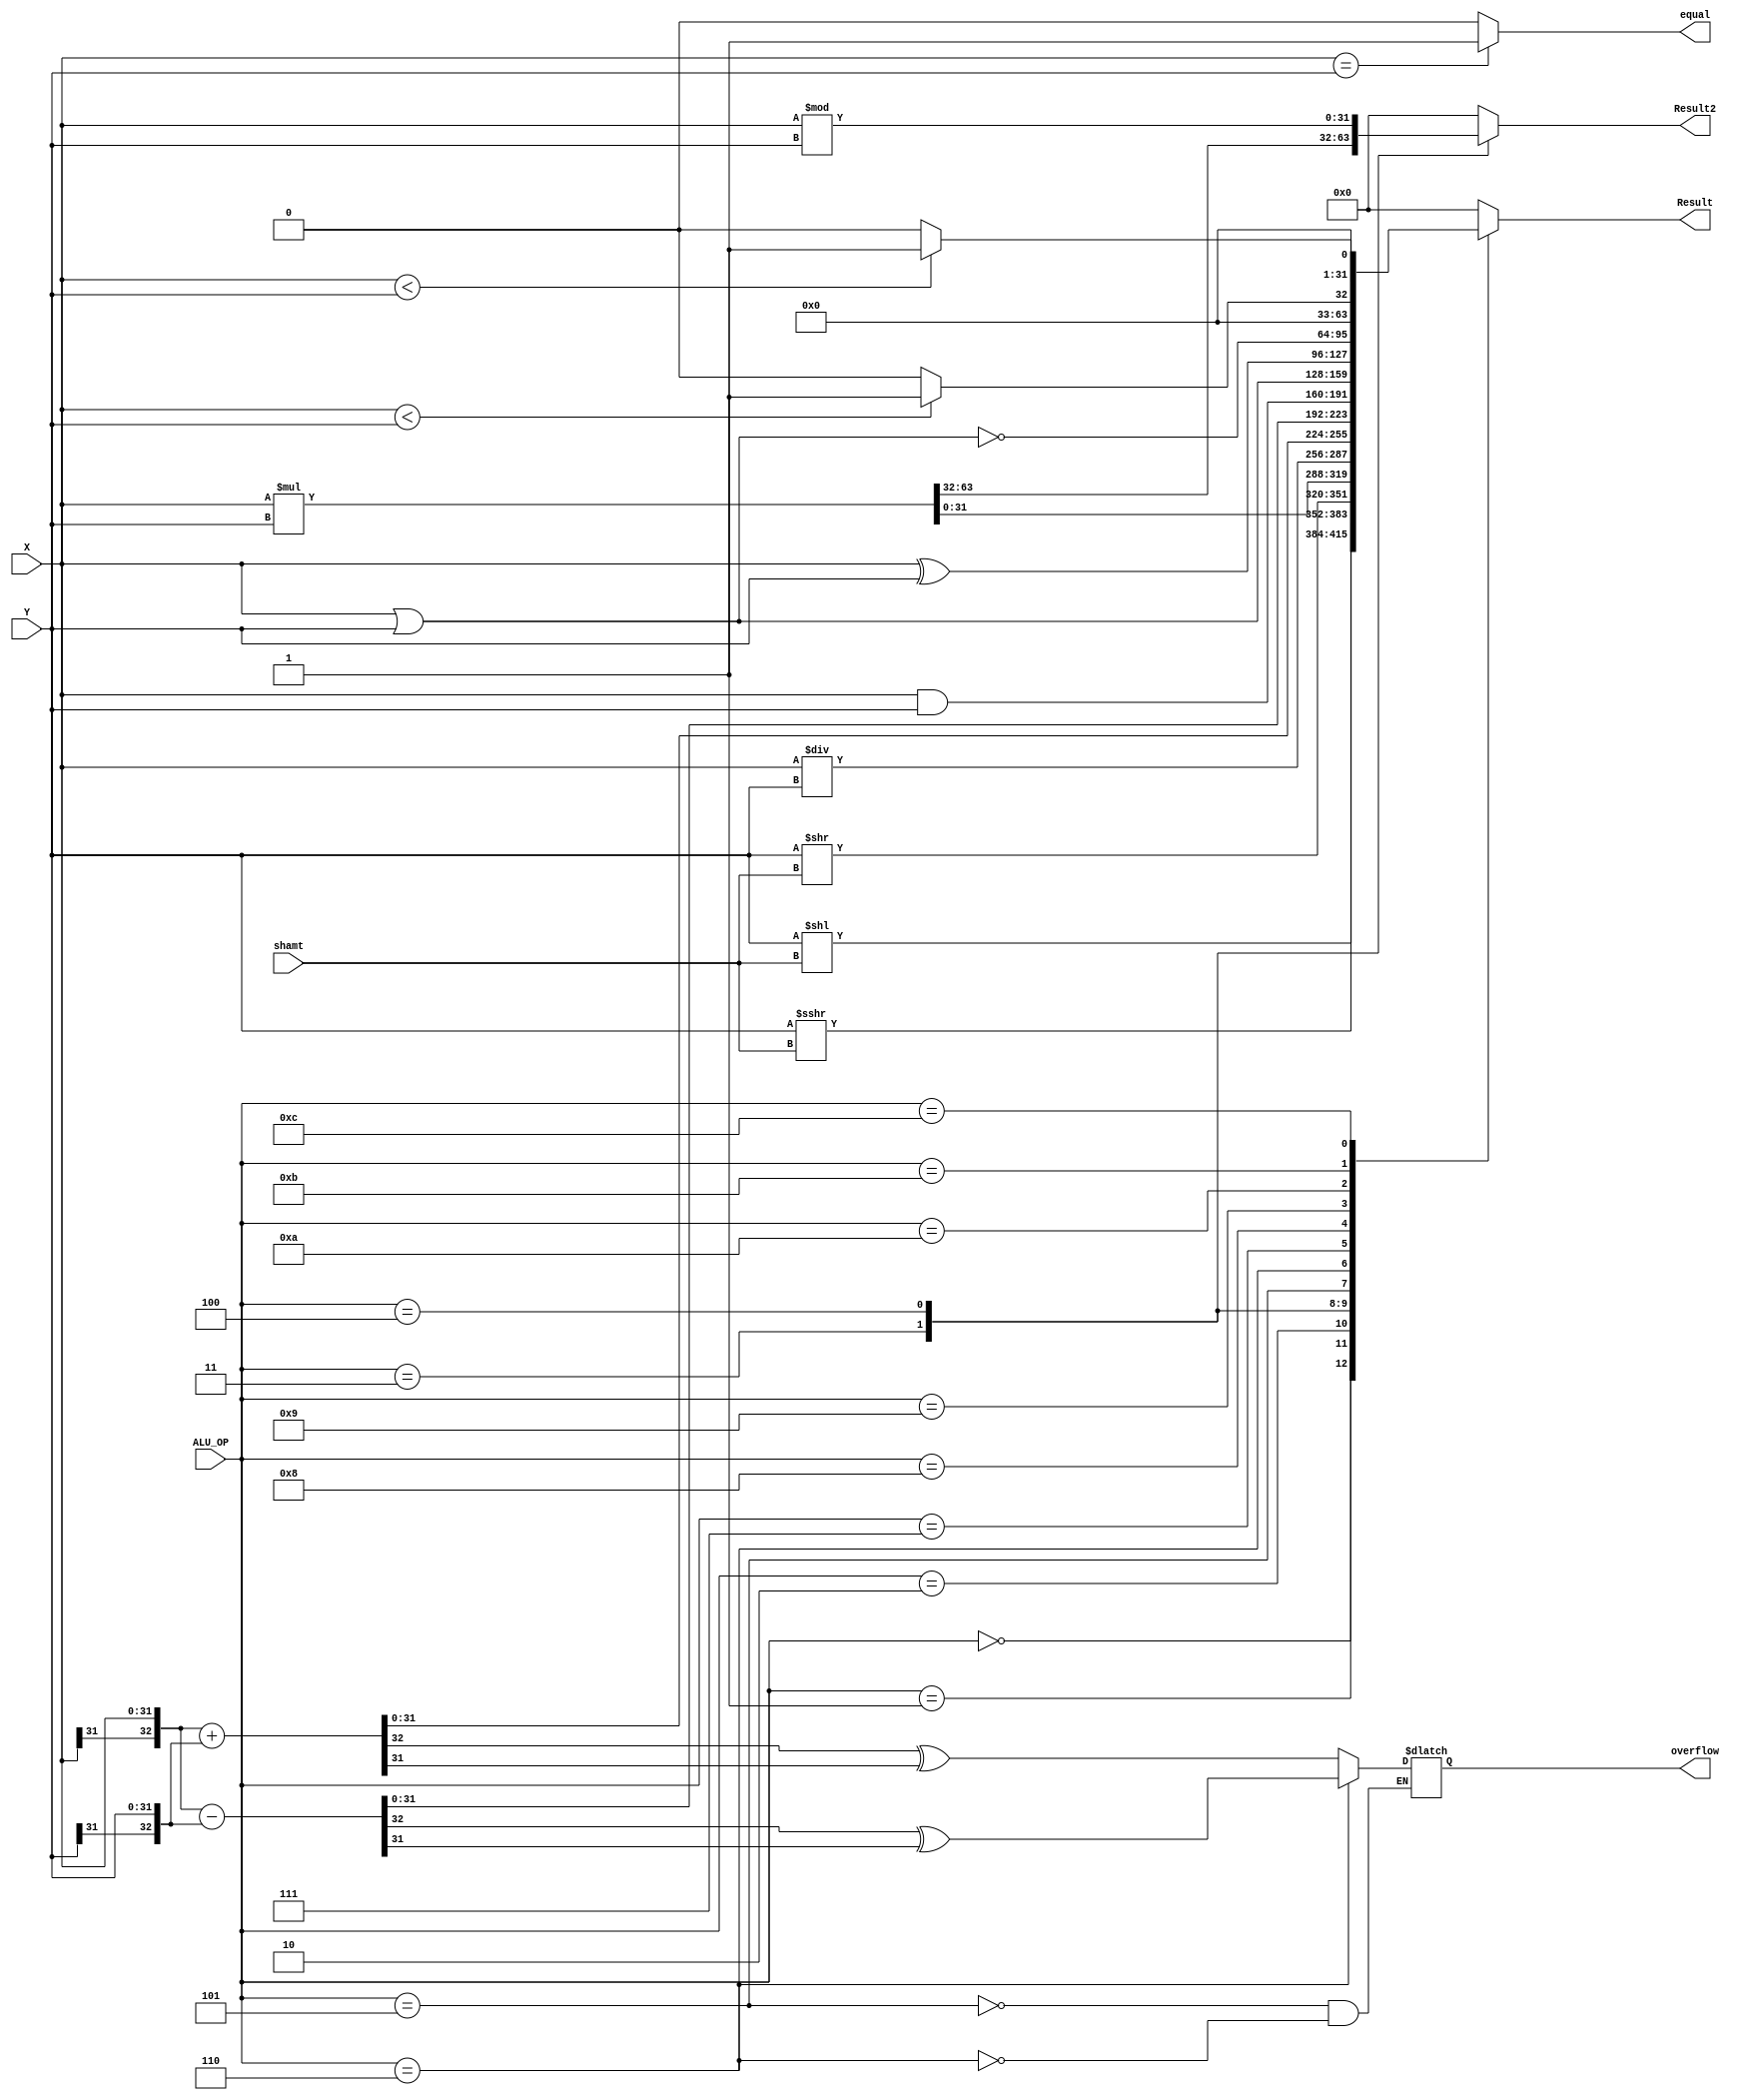
`timescale 1ns / 1ps
//////////////////////////////////////////////////////////////////////////////////
// Version:     2.19 18:21
// Reviewer:
// Review Date:
//////////////////////////////////////////////////////////////////////////////////

// 
// ALU

module ALU(ALU_OP,X,Y,shamt,Result,Result2,equal,overflow);

parameter digit_number=32; //data length
input [3:0] ALU_OP;
input [digit_number-1:0] X;//operatSing nuber1
input [digit_number-1:0] Y;//operating nuber2
input [4:0] shamt;
output reg [digit_number-1:0] Result;
output reg [digit_number-1:0] Result2;
output  equal;
output  reg overflow;//if 1,overflow;else not overflow
reg sign;
wire signx;
wire signy;
assign equal=((X==Y)? 1:0);
assign signx=X[31];
assign signy=Y[31];
always @(*)
begin
	case(ALU_OP)
	4'b0000: begin
		Result=Y<<shamt;
		Result2=0;
		end
    4'b0001: begin
		Result=$signed(Y)>>>shamt;
		Result2=0;
		end
    4'b0010: begin
		Result=Y>>shamt;
		Result2=0;
		end
    4'b0011: {Result2,Result}=X*Y;
    4'b0100: begin
    	Result=X/Y;
    	Result2=X%Y;
    	end
    4'b0101: begin
    	{sign,Result}={signx,X}+{signy,Y};
    	Result2=0;
    	overflow=sign^Result[31];
    	end
    4'b0110: begin
    	{sign,Result}={signx,X}-{signy,Y};
    	Result2=0;
    	overflow=sign^Result[31];
    	end
    4'b0111: begin
    	Result=X&Y;
    	Result2=0;
    	end          
    4'b1000: begin
    	Result=X|Y;
    	Result2=0;
    	end
    4'b1001: begin
    	Result=X^Y;
    	Result2=0;
    	end
    4'b1010: begin
    	Result=~(X|Y);
    	Result2=0;
    	end
    4'b1011: begin
    	Result=($signed(X)<$signed(Y))? 1:0;
    	Result2=0;
    	end
    4'b1100: begin
		Result2=0;
		Result = (X < Y) ? 1 : 0;
		end
    default: begin
    	Result=0;
    	Result2=0;
    	end
	endcase
end
endmodule